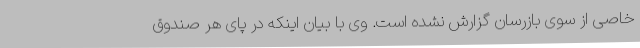
خاصی از سوی بازرسان گزارش نشده است. وی با بیان اینکه در پای هر صندوق